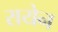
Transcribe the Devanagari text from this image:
रायेन